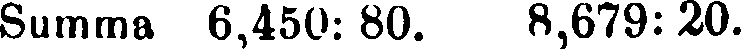
Summa 6,450: 80. 8,679:20.